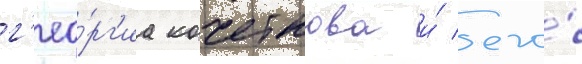
г'ео́рг'иа кочеткова и́ его́